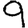
Digit: 9